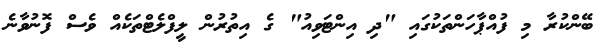
ބޭންކުރާ މި ފުއްޕާހަންތަކުގައި "ދި އިންޓަވިއު" ގެ އިތުރުން ލީފްލެޓްތަކެއް ވެސް ފޮނުވާނެ